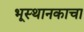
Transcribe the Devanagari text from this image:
भूस्थानकाचा